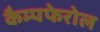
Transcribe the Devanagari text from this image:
कैम्पफेरोल